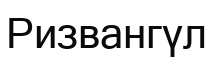
Ризвангүл